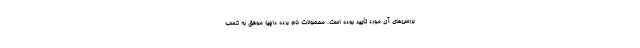
بررسی‌های آن مورد تأیید بوده است. محصولات نام برده داچیا موفق به کسب